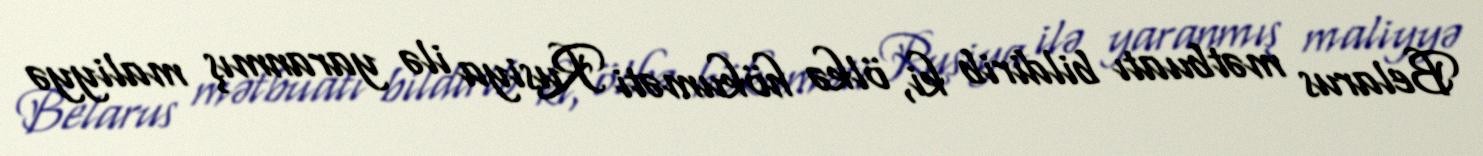
Belarus mətbuatı bildirib ki, ölkə hökuməti Rusiya ilə yaranmış maliyyə